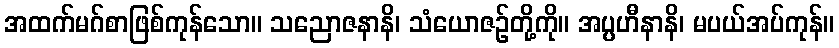
အထက်မဂ်စာဖြစ်ကုန်သော။ သညောဇနာနိ၊ သံယောဇဉ်တို့ကို။ အပ္ပဟီနာနိ၊ မပယ်အပ်ကုန်။